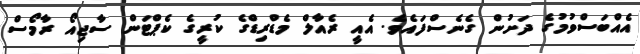
އެއްބަސްވުމުގެ ދަށުން ގެނެސްފައެވެ. އެއީ ރެއާލް މެޑްރިޑްގެ ކުރީގެ ކެޕްޓަން ސާޖިއޯ ރާމޯސް